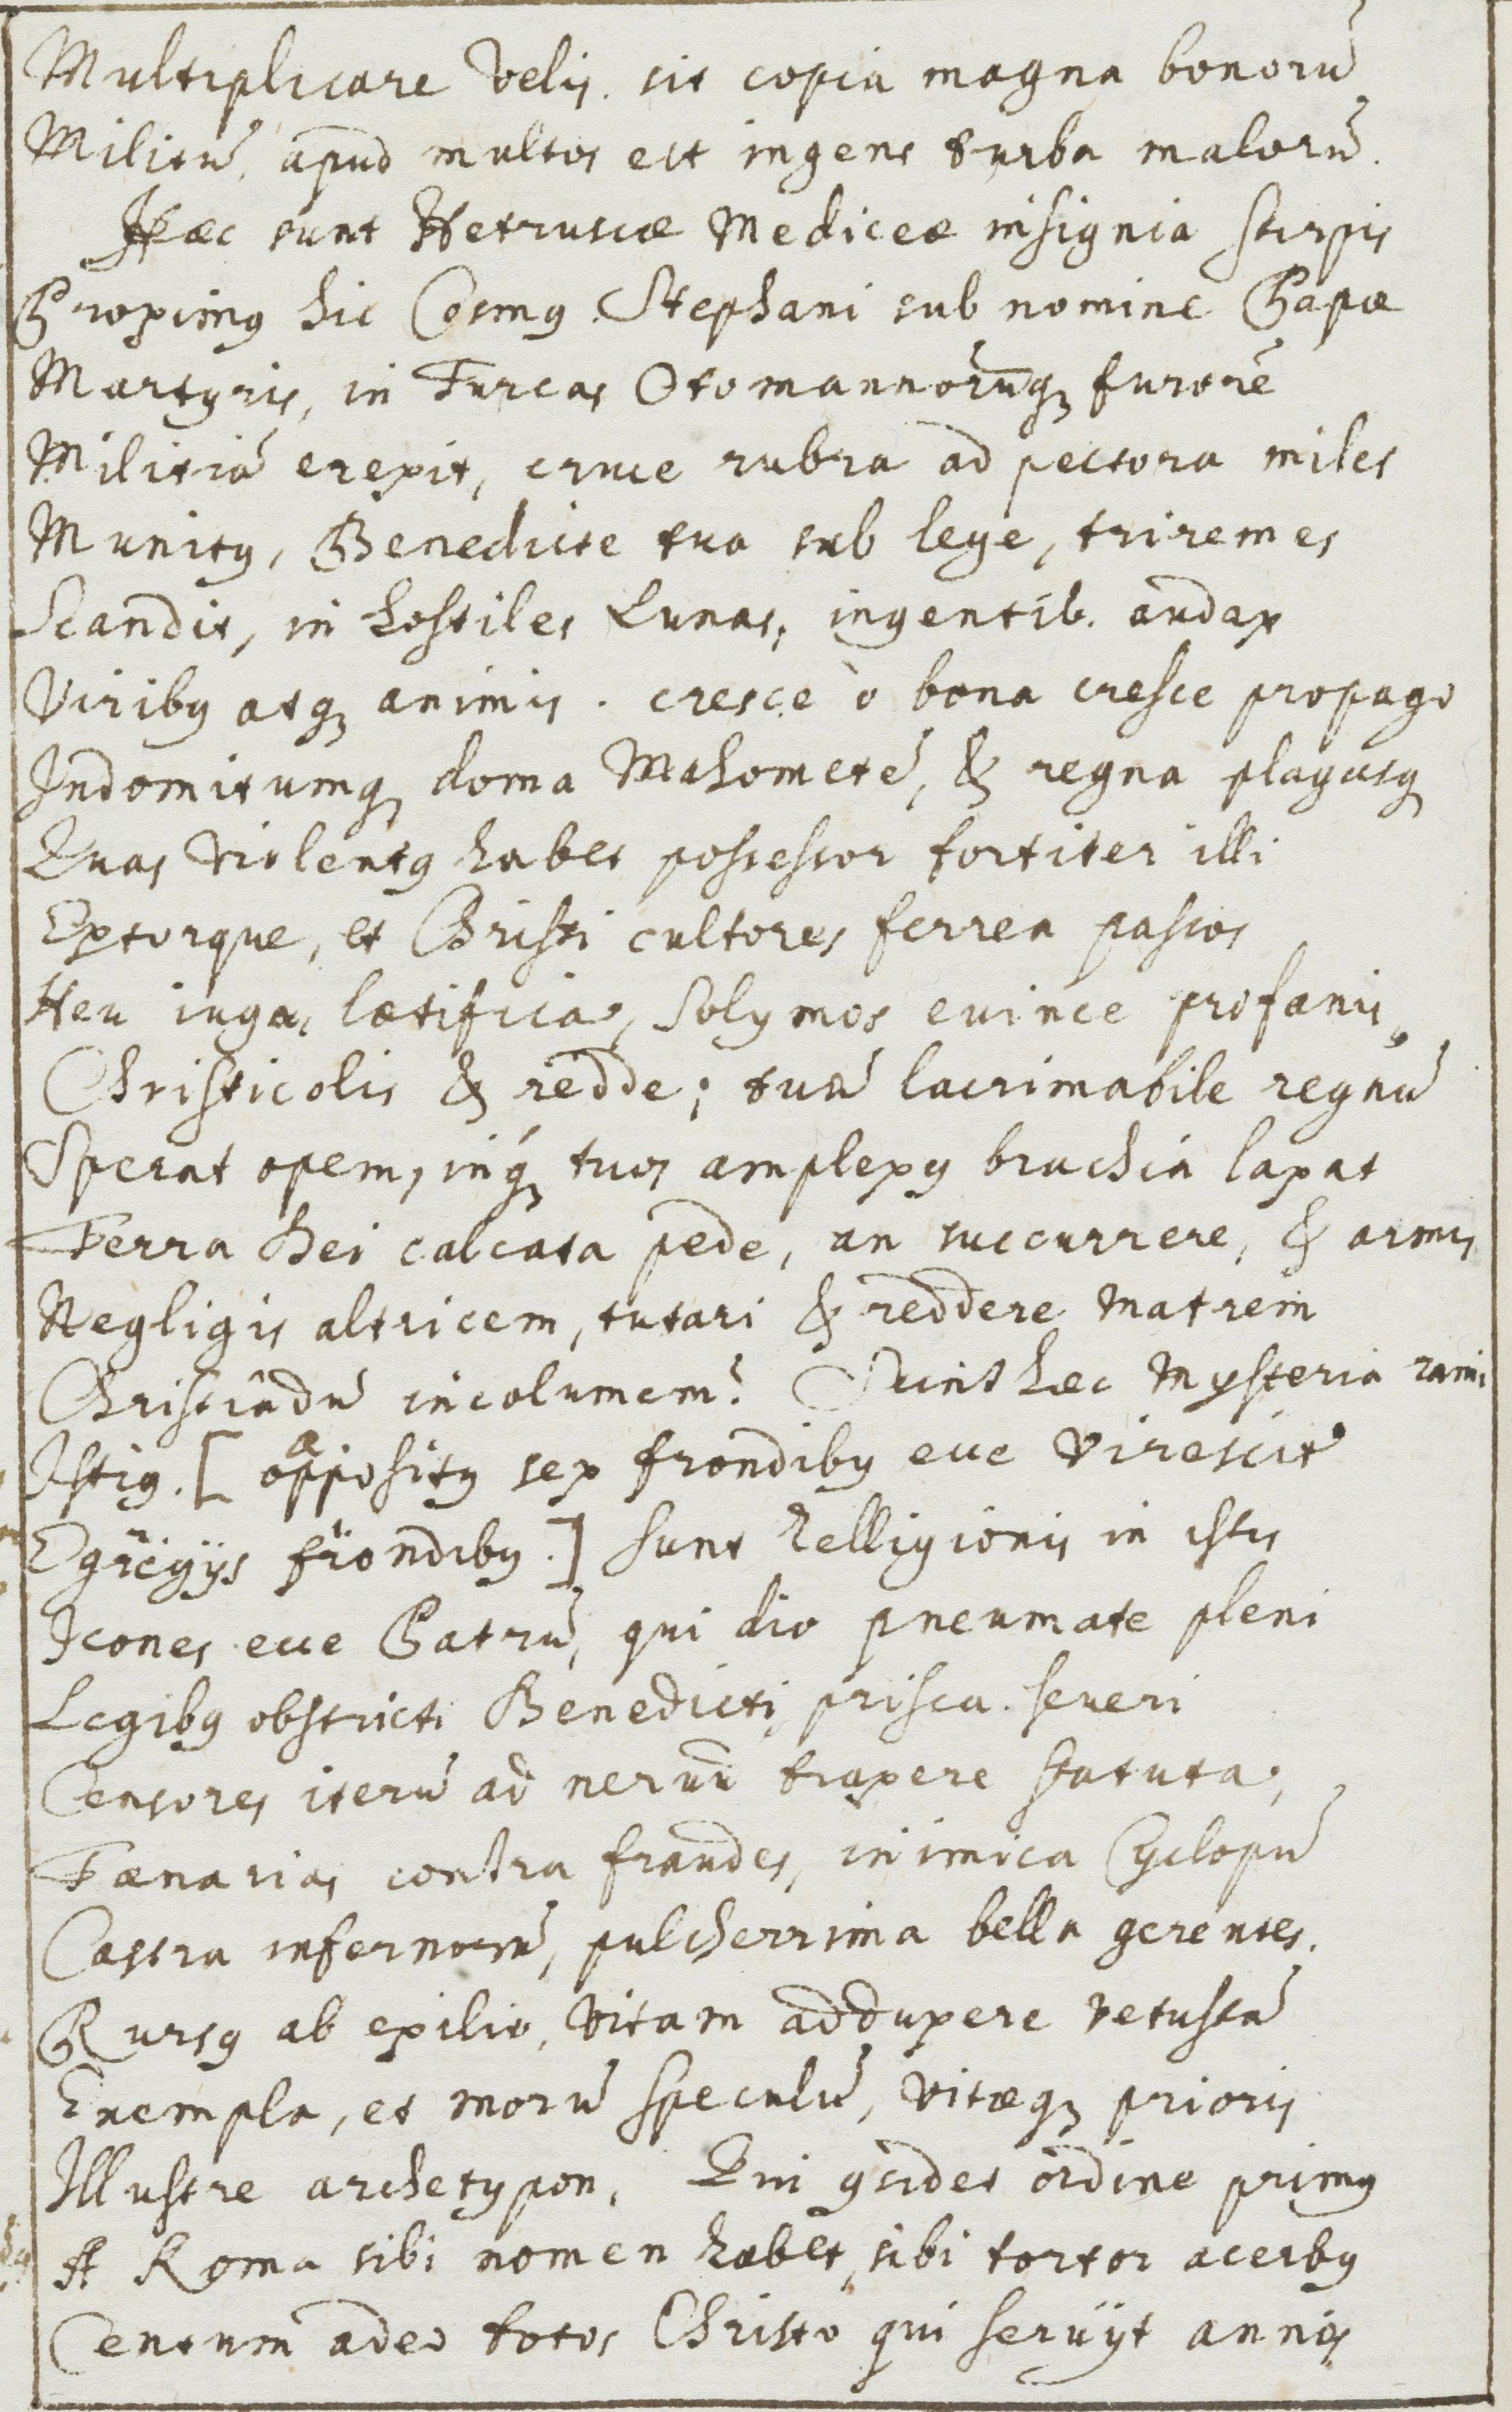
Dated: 1500–1599